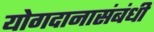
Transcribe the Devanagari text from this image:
योगदानासंबंधी